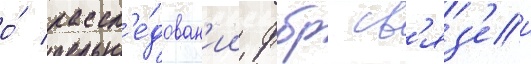
о́ рассл'е́дован'ии фбр св'яз'еи